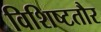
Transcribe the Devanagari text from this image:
विशिष्टतौर